Lunatic asylums Punjab 1895-1910 - 1895-1910
Year: 1895
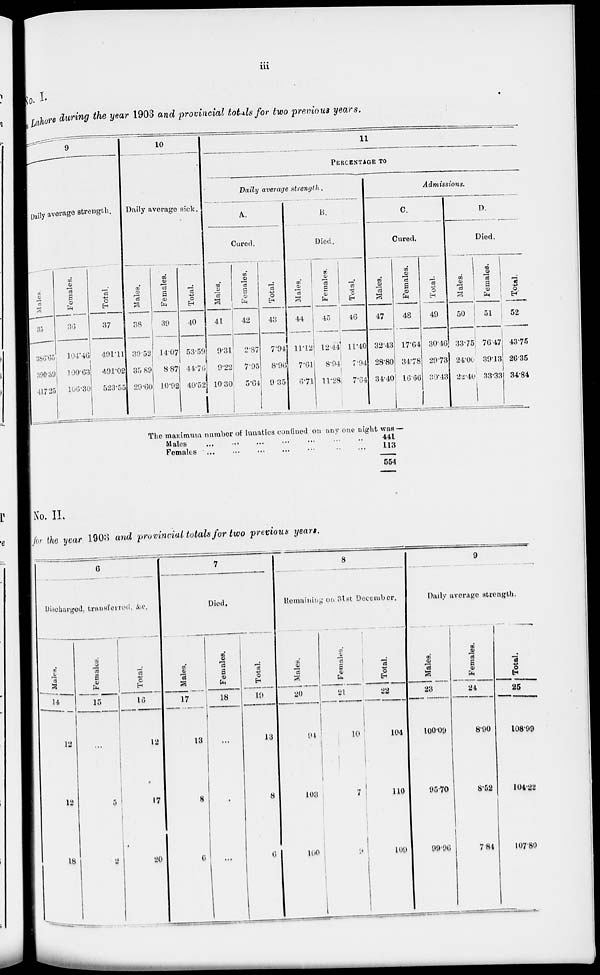
iii
No. I
Lahore during the year 1903 and provincial totals for two previous years.
9
Daily average strength.
Males.
35
386.65
390.39
417.25
Females.
36
104.46
100.63
106.30
Total.
37
491.11
491.02
523.55
10
Daily average sick.
Males.
38
39.52
35 89
29.60
Females.
39
14.07
8.87
10.92
Total.
40
53.59
44.76
40.52
11
PERCENTAGE TO
Daily average strength.
A.
Cured.
Males.
41
9.31
9.22
10.30
Females.
42
2.87
7.95
5.64
Total
43
7.94
8.96
9.35
B.
Died.
Males.
44
11.12
7.61
6.71
Females.
45
12.44
8.94
11.28
Total.
46
11.40
7.94
7.64
Admissions.
C.
Cured.
Males.
47
32.43
28.88
34.40
Females.
48
17.64
34.78
16.66
Total.
49
30.46
29.73
30.43
D.
Died.
Males.
50
33.75
24.00
22.40
Females.
51
76.47
39.13
33.33
Total.
52
4375
26.35
34.84
The maximum number of lunatics confined on any one night
Males
...
...
...
...
...
...
...
Females ... ... ... ... ... ... ...
was —
441
113
554
No. II.
for the year 1903 and provincial totals for two previous years.
6
Discharged, transferred, &c.
Males.
14
12
12
18
Female.
15
...
5
2
Total.
16
12
17
20
7
Died.
Males.
17
13
8
6
Females.
18
...
...
Total.
19
13
8
6
8
Remaining on 31st December.
Males.
20
94
103
100
Females.
21
10
7
9
Total.
22
104
110
109
9
Daily average strength.
Males.
23
100.09
95.70
99.96
Females.
24
8.90
8.52
7.84
Total.
25
108.99
104.22
107.80